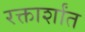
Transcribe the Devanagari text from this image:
रक्तार्शांत